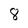
Character: 8